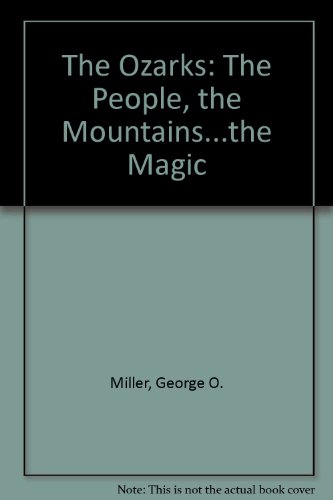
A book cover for The Ozarks: The People, the Mountains, the Magic; George Oxford Miller; Travel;